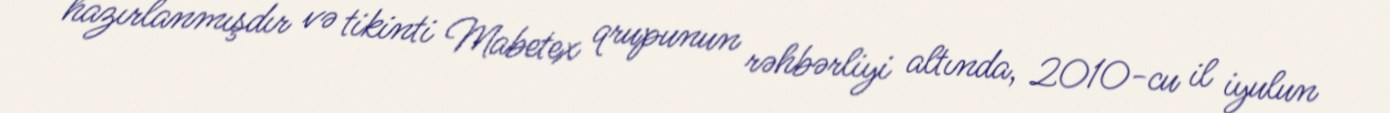
hazırlanmışdır və tikinti Mabetex qrupunun rəhbərliyi altında, 2010-cu il iyulun